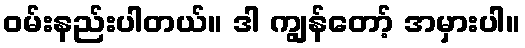
ဝမ်းနည်းပါတယ်။ ဒါ ကျွန်တော့် အမှားပါ။